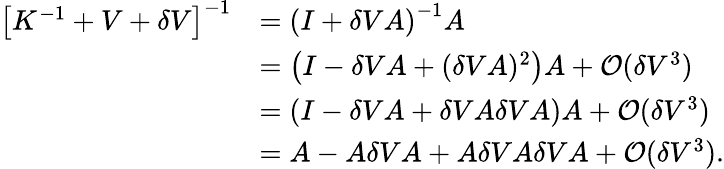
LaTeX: \begin{array}{rl}{\left[K^{-1}+V+\delta V\right]^{-1}}&{=\left(I+\delta VA\right)^{-1}A}\\ &{=\left(I-\delta VA+(\delta VA)^{2}\right)A+\mathcal{O}(\delta V^{3})}\\ &{=\left(I-\delta VA+\delta VA\delta VA\right)A+\mathcal{O}(\delta V^{3})}\\ &{=A-A\delta VA+A\delta VA\delta VA+\mathcal{O}(\delta V^{3}).}\end{array}